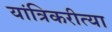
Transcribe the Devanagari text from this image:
यांत्रिकरीत्या